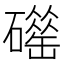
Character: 𥖴